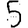
Digit: 5